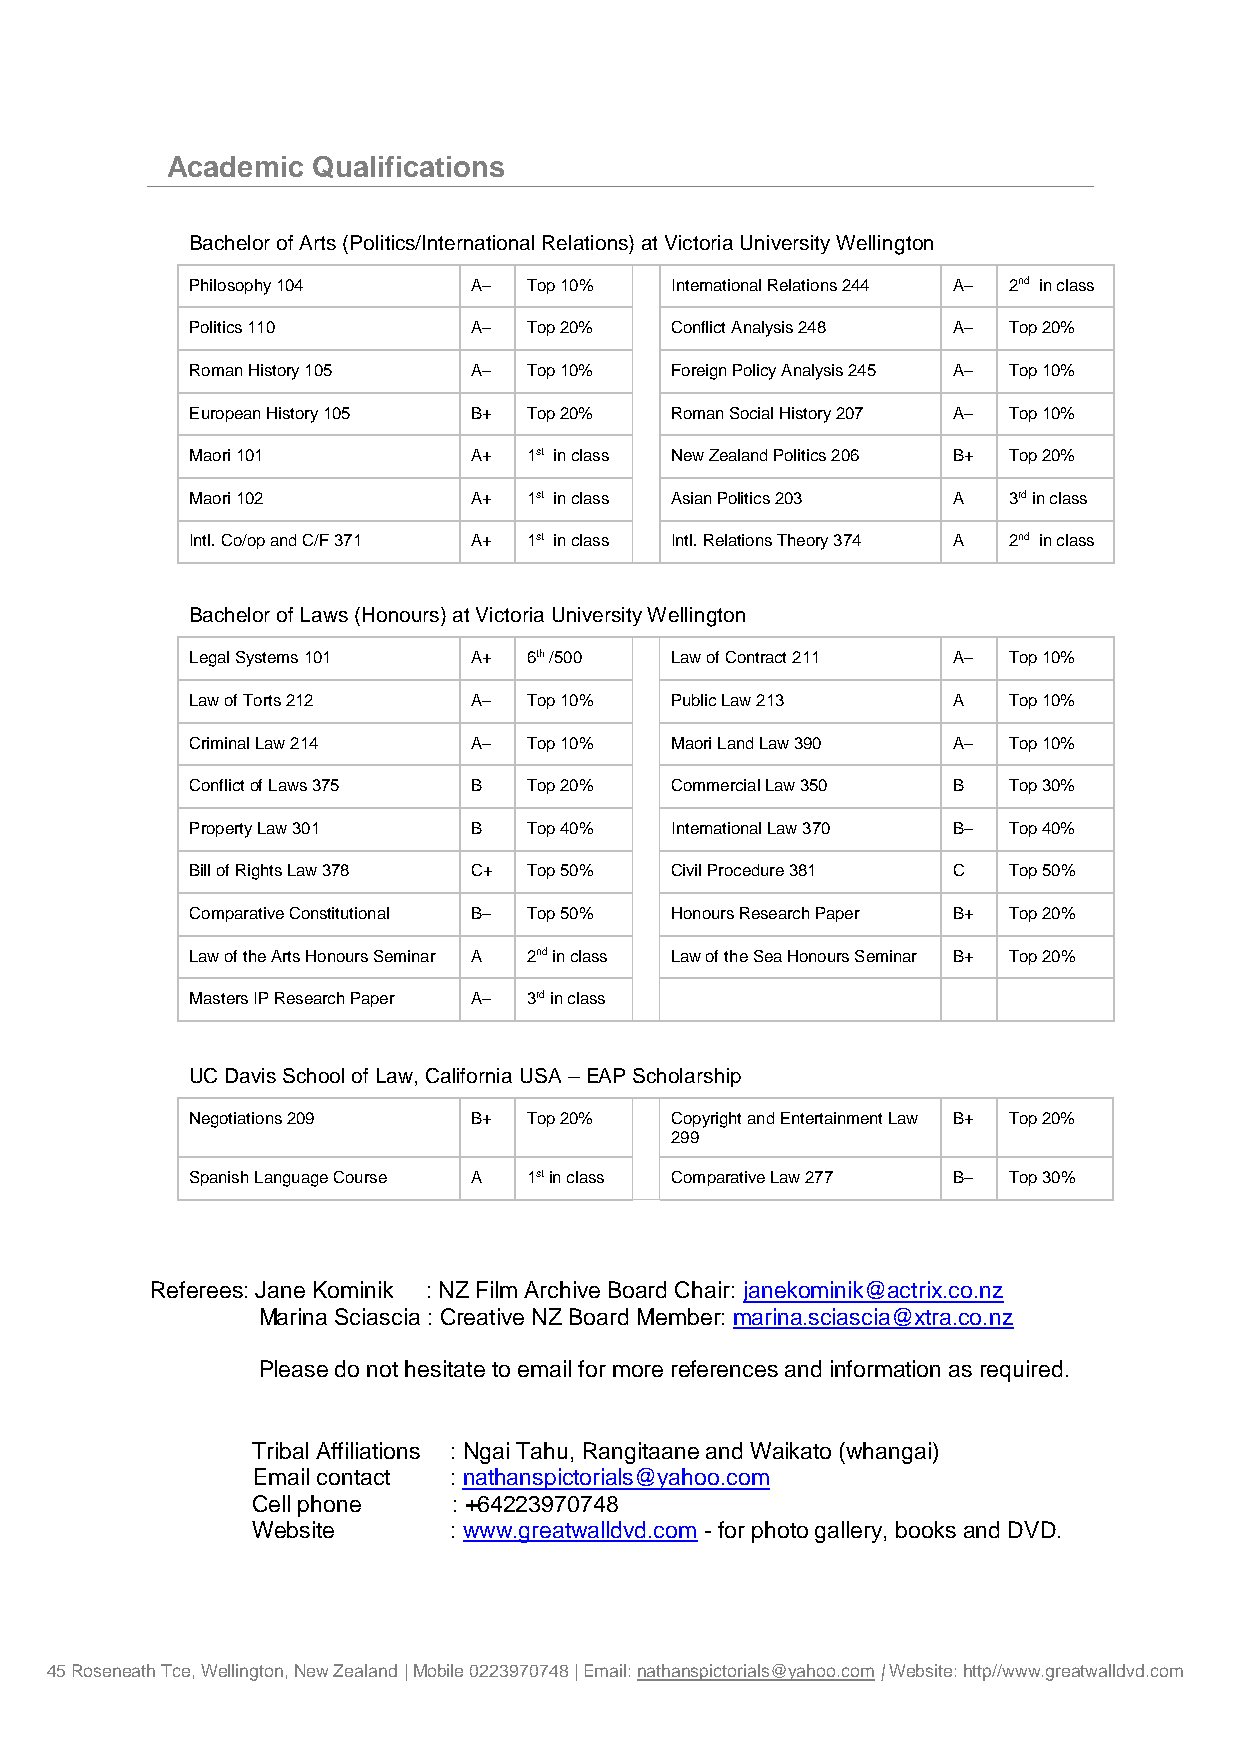
Academic  Qualifications
 Bachelor of Arts (Politics/International Relations) at Victoria University Wellington
 Philosophy 104    A–  Top 10%  International Relations 244 A– 2nd in class
 Politics 110      A–  Top 20%  Conflict Analysis 248 A– Top 20%
 Roman History 105 A–  Top 10%  Foreign Policy Analysis 245 A– Top 10%
 European History 105 B+ Top 20% Roman Social History 207 A– Top 10%
 Maori 101         A+  1st in class New Zealand Politics 206 B+ Top 20%
 Maori 102         A+  1st in class Asian Politics 203 A 3rd in class
 Intl. Co/op and C/F 371 A+ 1st in class Intl. Relations Theory 374 A 2nd in class
 Bachelor of Laws (Honours) at Victoria University Wellington
 Legal Systems 101 A+  6th /500 Law of Contract 211 A– Top 10%
 Law of Torts 212  A–  Top 10%  Public Law 213     A   Top 10%
 Criminal Law 214  A–  Top 10%  Maori Land Law 390 A–  Top 10%
 Conflict of Laws 375 B Top 20% Commercial Law 350 B   Top 30%
 Property Law 301  B   Top 40%  International Law 370 B– Top 40%
 Bill of Rights Law 378 C+ Top 50% Civil Procedure 381 C Top 50%
 Comparative Constitutional B– Top 50% Honours Research Paper B+ Top 20%
 Law of the Arts Honours Seminar A 2nd in class Law of the Sea Honours Seminar B+ Top 20%
 Masters IP Research Paper A– 3rd in class
 UC Davis School of Law, California USA – EAP Scholarship
 Negotiations 209  B+  Top 20%  Copyright and Entertainment Law B+ Top 20%
 299
 Spanish Language Course A 1st in class Comparative Law 277 B– Top 30%
 Referees: Jane Kominik : NZ Film Archive Board Chair: janekominik@actrix.co.nz
 Marina Sciascia : Creative NZ Board Member: marina.sciascia@xtra.co.nz
 Please do not hesitate to email for more references and information as required.
 Tribal Affiliations : Ngai Tahu, Rangitaane and Waikato (whangai)
 Email contact : nathanspictorials@yahoo.com
 Cell phone   : +64223970748
 Website      : www.greatwalldvd.com - for photo gallery, books and DVD.
 45 Roseneath Tce, Wellington, New Zealand | Mobile 0223970748 | Email: nathanspictorials@yahoo.com | Website: http//www.greatwalldvd.com